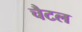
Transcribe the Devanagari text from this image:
चैटल